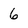
Character: 6